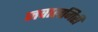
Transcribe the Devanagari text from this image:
जवालगिरी